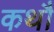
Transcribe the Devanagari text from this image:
कथौ